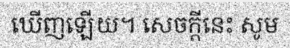
ឃើញឡើយ។ សេចក្តីនេះ សូម